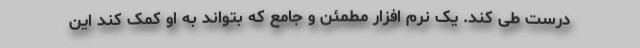
درست طی کند. یک نرم افزار مطمئن و جامع که بتواند به او کمک کند این